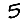
Digit: 5